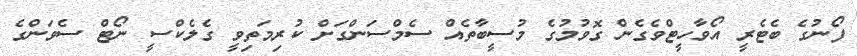
ފޯނުގެ ބެޓެރީ އޯވާހީޓްވެގެން ގޮވުމުގެ މުސީބާތެއް ސެމްސަންގަށް ކުރިމަތިވީ ގެލެކްސީ ނޯޓް ސެވަންގެ